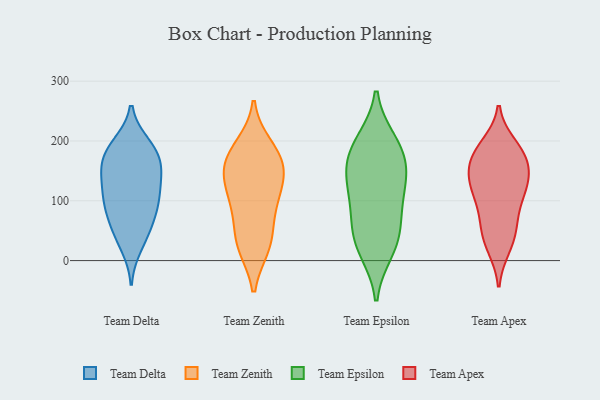
{"axis": {"x": "Shipments", "y": "Value"}, "legend": ["Team Apex", "Team Delta", "Team Epsilon", "Team Zenith"], "data": [{"x": "", "y": 88, "type": "Team Delta"}, {"x": "", "y": 194, "type": "Team Delta"}, {"x": "", "y": 24, "type": "Team Delta"}, {"x": "", "y": 134, "type": "Team Delta"}, {"x": "", "y": 93, "type": "Team Delta"}, {"x": "", "y": 109, "type": "Team Delta"}, {"x": "", "y": 53, "type": "Team Delta"}, {"x": "", "y": 124, "type": "Team Delta"}, {"x": "", "y": 154, "type": "Team Delta"}, {"x": "", "y": 171, "type": "Team Delta"}, {"x": "", "y": 71, "type": "Team Delta"}, {"x": "", "y": 159, "type": "Team Delta"}, {"x": "", "y": 102, "type": "Team Delta"}, {"x": "", "y": 188, "type": "Team Delta"}, {"x": "", "y": 156, "type": "Team Delta"}, {"x": "", "y": 43, "type": "Team Delta"}, {"x": "", "y": 190, "type": "Team Delta"}, {"x": "", "y": 182, "type": "Team Zenith"}, {"x": "", "y": 97, "type": "Team Zenith"}, {"x": "", "y": 25, "type": "Team Zenith"}, {"x": "", "y": 152, "type": "Team Zenith"}, {"x": "", "y": 24, "type": "Team Zenith"}, {"x": "", "y": 140, "type": "Team Zenith"}, {"x": "", "y": 157, "type": "Team Zenith"}, {"x": "", "y": 72, "type": "Team Zenith"}, {"x": "", "y": 32, "type": "Team Zenith"}, {"x": "", "y": 191, "type": "Team Zenith"}, {"x": "", "y": 104, "type": "Team Zenith"}, {"x": "", "y": 125, "type": "Team Zenith"}, {"x": "", "y": 171, "type": "Team Zenith"}, {"x": "", "y": 137, "type": "Team Epsilon"}, {"x": "", "y": 98, "type": "Team Epsilon"}, {"x": "", "y": 173, "type": "Team Epsilon"}, {"x": "", "y": 196, "type": "Team Epsilon"}, {"x": "", "y": 164, "type": "Team Epsilon"}, {"x": "", "y": 51, "type": "Team Epsilon"}, {"x": "", "y": 107, "type": "Team Epsilon"}, {"x": "", "y": 25, "type": "Team Epsilon"}, {"x": "", "y": 54, "type": "Team Epsilon"}, {"x": "", "y": 199, "type": "Team Epsilon"}, {"x": "", "y": 139, "type": "Team Epsilon"}, {"x": "", "y": 17, "type": "Team Epsilon"}, {"x": "", "y": 129, "type": "Team Apex"}, {"x": "", "y": 101, "type": "Team Apex"}, {"x": "", "y": 174, "type": "Team Apex"}, {"x": "", "y": 46, "type": "Team Apex"}, {"x": "", "y": 179, "type": "Team Apex"}, {"x": "", "y": 122, "type": "Team Apex"}, {"x": "", "y": 171, "type": "Team Apex"}, {"x": "", "y": 30, "type": "Team Apex"}, {"x": "", "y": 23, "type": "Team Apex"}, {"x": "", "y": 144, "type": "Team Apex"}, {"x": "", "y": 184, "type": "Team Apex"}, {"x": "", "y": 192, "type": "Team Apex"}, {"x": "", "y": 152, "type": "Team Apex"}, {"x": "", "y": 72, "type": "Team Apex"}, {"x": "", "y": 63, "type": "Team Apex"}, {"x": "", "y": 114, "type": "Team Apex"}, {"x": "", "y": 128, "type": "Team Apex"}]}